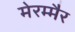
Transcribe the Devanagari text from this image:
मेरम्मैर